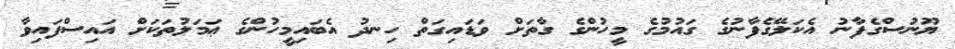
ޔޫނުސްގެފާނު އެކަލޭގެފާނުގެ ގައުމުގެ މީހުންގެ ގާތަށް ވަޑައިގަތް ހިނދު އެބައިމީހުންގެ ޢަމަލުތަކަށް އައިސްފައިވާ